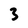
Character: 3